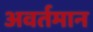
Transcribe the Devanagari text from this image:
अवर्तमान